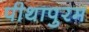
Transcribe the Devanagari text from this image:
पीथापुरम